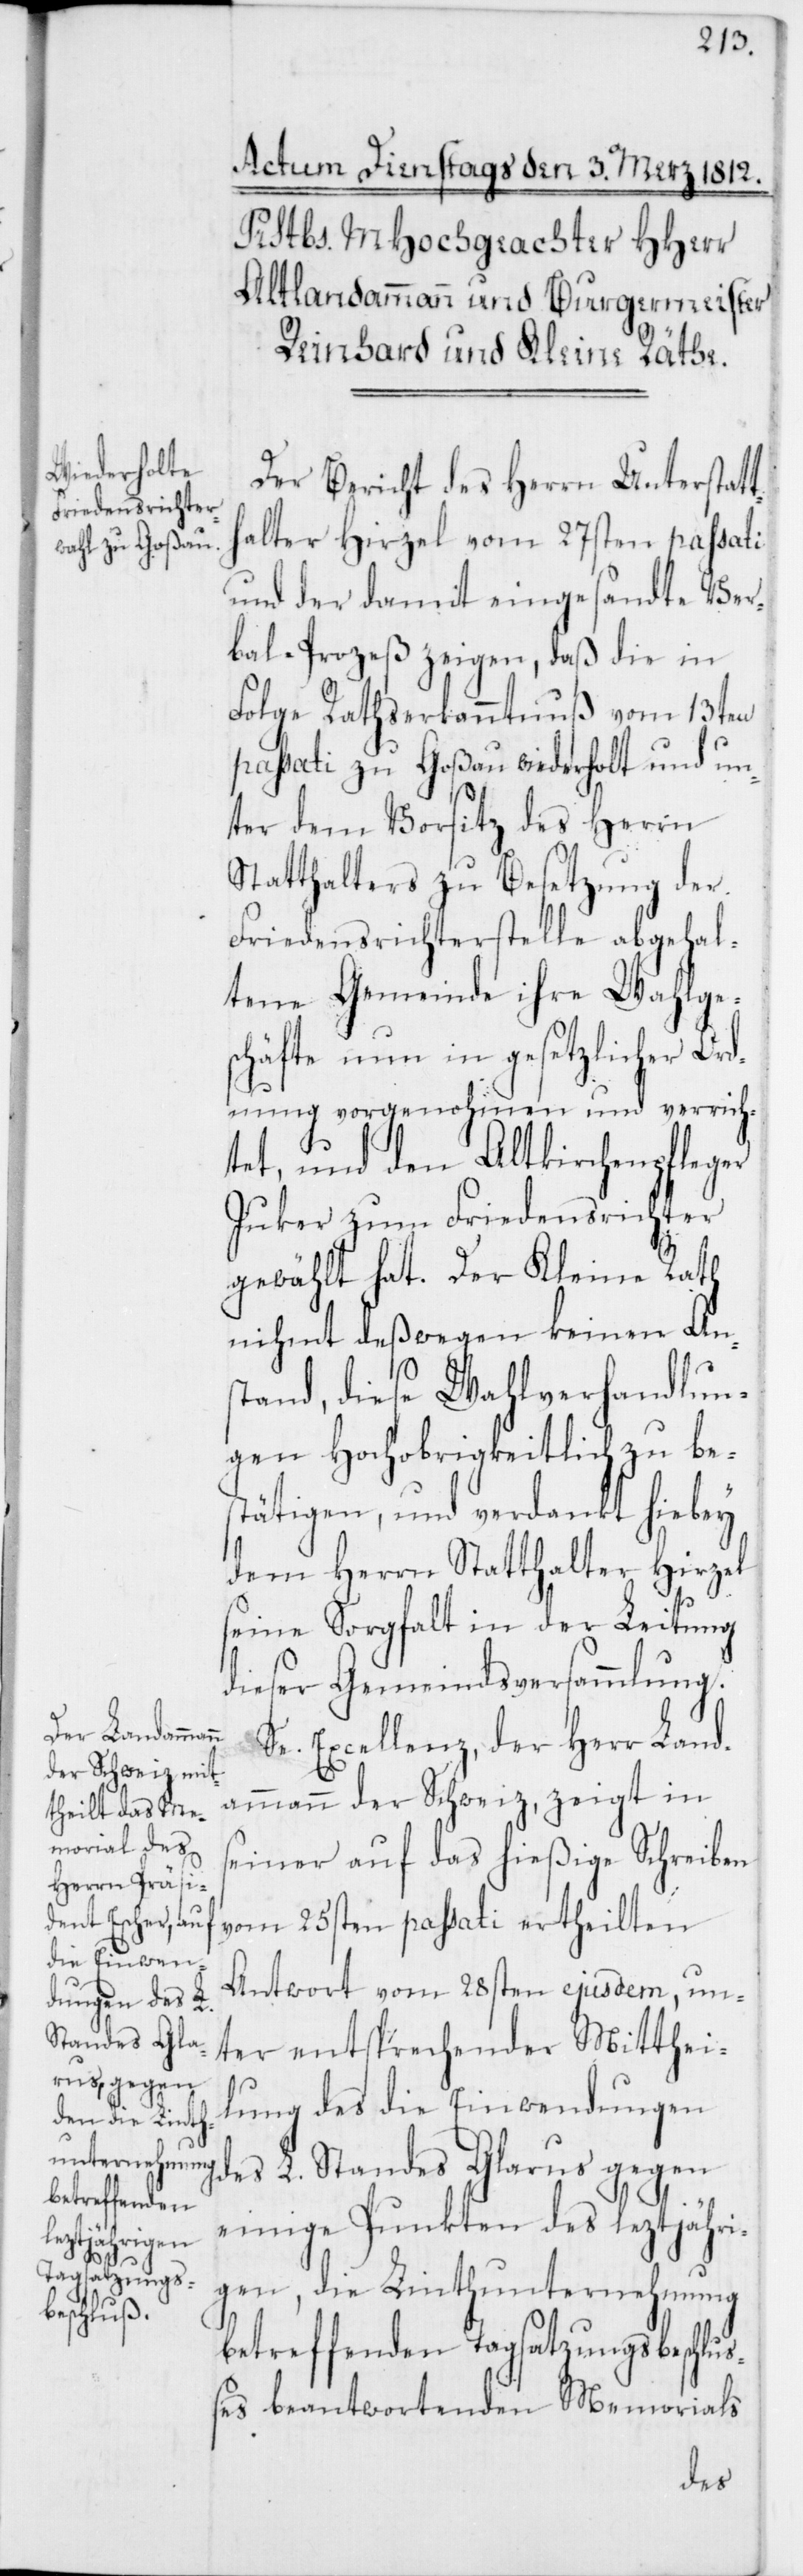
h¬

Der Bericht des Herrn Unterstatt¬
alter Hirzel vom 27sten passati
und der damit eingesandte Ver¬
bal-Prozeß zeigen, daß die in
Folge Rathserkanntnuß vom 13ten
passati zu Goßau wiederholt und un¬
ter dem Vorsitz des Herrn
Statthalters zu Besetzung der
Friedensrichterstelle abgehal¬
tene Gemeinde ihre Wahlge¬
schäfte nun in gesetzlicher Ord¬
nung vorgenohmen und verrich¬
tet, und den Altkirchenpfleger
Juker zum Friedensrichter
gewählt hat. Der Kleine Rath
nihmt deßwegen keinen Ans¬
tand, diese Wahlverhandlun¬
gen Hochobrigkeitlich zu be¬
stätigen, und verdankt hiebey
dem Herrn Statthalter Hirzel
seine Sorgfalt in der Leitung
dieser Gemeindsversammlung.
Se. Excellenz, der Herr Land¬
ammann der Schweiz, zeigt in
seiner auf das hießige Schreiben
vom 25sten passati ertheilten
Antwort vom 28sten ejusdem, un¬
ter entsprechender Mitthei¬
lung des die Einwendungen
des L. Standes Glarus gegen
einige Punkten des leztjähri¬
gen, die Linthunternehmung
betreffenden Tagsatzungsbeschluß¬
es beantwortenden Memorials